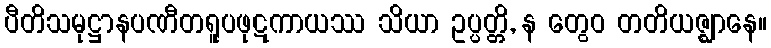
ပီတိသမုဋ္ဌာနပဏီတရူပဖုဋကာယဿ သိယာ ဥပ္ပတ္တိ, န တွေဝ တတိယဇ္ဈာနေ။